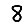
Digit: 8